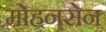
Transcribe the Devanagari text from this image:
मोहनसेन